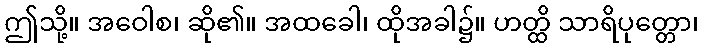
ဤသို့။ အဝေါစ၊ ဆို၏။ အထခေါ၊ ထိုအခါ၌။ ဟတ္ထိ သာရိပုတ္တော၊